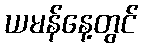
ယမန်နေ့တွင်